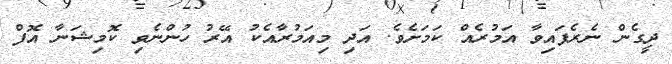
ދީގެން ނެރެފައިވާ އަމުރެއް ކަމަށެވެ. އަދި މިއަމުރާއެކު އޭރު ހުންނެވި ކޮމިޝަނާ އޮފް